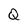
Character: Q